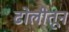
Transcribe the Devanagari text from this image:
ढोलीतून